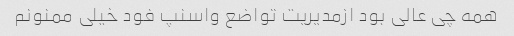
همه چی عالی بود ازمدیریت تواضع واسنپ فود خیلی ممنونم